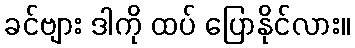
ခင်ဗျား ဒါကို ထပ် ပြောနိုင်လား။